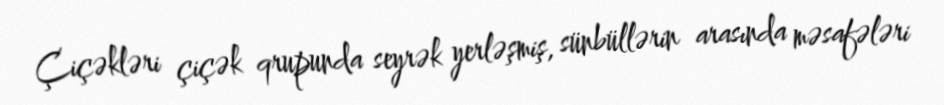
Çiçəkləri çiçək qrupunda seyrək yerləşmiş, sünbüllərin arasında məsafələri